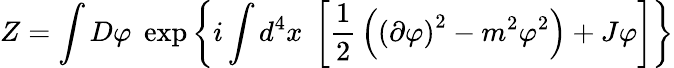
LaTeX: Z=\int D\varphi\; \exp\left\{ i\int d^{4}x\; \left[{\frac{1}{2}}\left(\left(\partial\varphi\right)^{2}-m^{2}\varphi^{2}\right)+J\varphi\right]\right\}